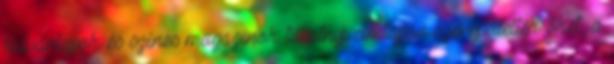
bulvárlapok és színes magazinok tucatnyi címlapon szerepeltették őket, a